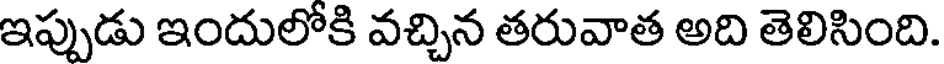
ఇప్పుడు ఇందులోకి వచ్చిన తరువాత అది తెలిసింది.